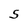
Character: S